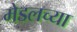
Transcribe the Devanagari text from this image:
मेडलच्या